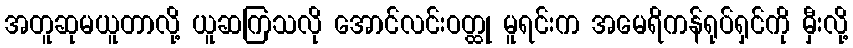
အတူဆုမယူတာလို့ ယူဆကြသလို အောင်လင်းဝတ္ထု မူရင်းက အမေရိကန်ရုပ်ရှင်ကို မှီးလို့